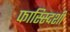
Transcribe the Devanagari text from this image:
फास्स्दिशी